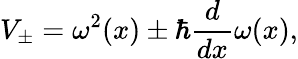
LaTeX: V_{\pm}=\omega^{2}(x)\pm\hbar\frac{d}{dx}\omega(x),